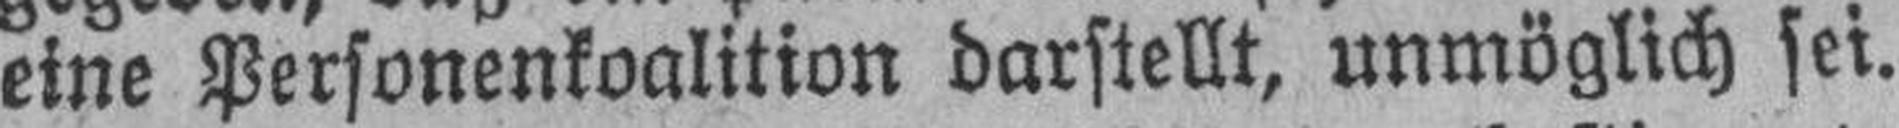
eine Personenkoalition darstellt, unmöglich sei.